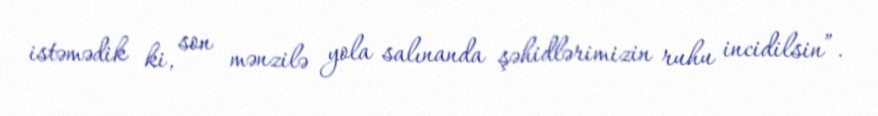
istəmədik ki, son mənzilə yola salınanda şəhidlərimizin ruhu incidilsin”.